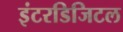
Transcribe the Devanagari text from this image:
इंटरडिजिटल